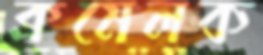
ক্রমেলক